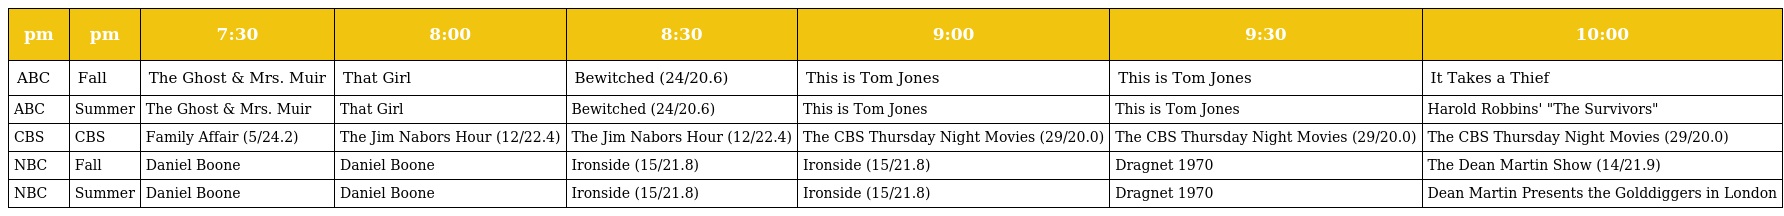
| pm | pm | 7:30 | 8:00 | 8:30 | 9:00 | 9:30 | 10:00 |
 | --- | --- | --- | --- | --- | --- | --- | --- |
 | ABC | Fall | The Ghost & Mrs. Muir | That Girl | Bewitched (24/20.6) | This is Tom Jones | This is Tom Jones | It Takes a Thief |
 | ABC | Summer | The Ghost & Mrs. Muir | That Girl | Bewitched (24/20.6) | This is Tom Jones | This is Tom Jones | Harold Robbins' "The Survivors" |
 | CBS | CBS | Family Affair (5/24.2) | The Jim Nabors Hour (12/22.4) | The Jim Nabors Hour (12/22.4) | The CBS Thursday Night Movies (29/20.0) | The CBS Thursday Night Movies (29/20.0) | The CBS Thursday Night Movies (29/20.0) |
 | NBC | Fall | Daniel Boone | Daniel Boone | Ironside (15/21.8) | Ironside (15/21.8) | Dragnet 1970 | The Dean Martin Show (14/21.9) |
 | NBC | Summer | Daniel Boone | Daniel Boone | Ironside (15/21.8) | Ironside (15/21.8) | Dragnet 1970 | Dean Martin Presents the Golddiggers in London |